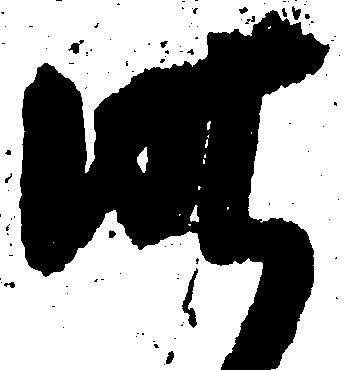
昨